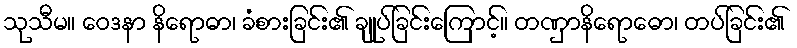
သုသီမ။ ဝေဒနာ နိရောဓာ၊ ခံစားခြင်း၏ ချုပ်ခြင်းကြောင့်။ တဏှာနိရောဓော၊ တပ်ခြင်း၏